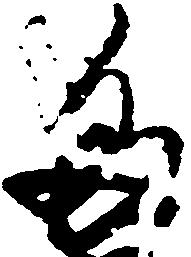
多